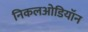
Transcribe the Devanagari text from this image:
निकलओडियॉन